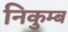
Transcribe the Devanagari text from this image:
निकुम्ब